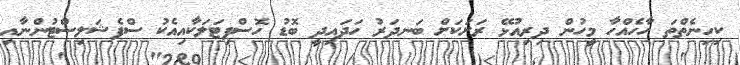
ކިހިނެތްތަ ހާހެއްހާ މީހުން ދިރިއުޅޭ ރަށަކަށް ބަނދަރު ހަދައިދީ ބޮޑު ހޮސްޕިޓަލަކާއިއެކު ސްޕެޝަލިސްޓުންނާއި